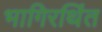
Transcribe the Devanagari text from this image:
भागिरथिंत